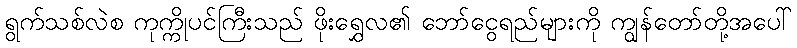
ရွက်သစ်လဲစ ကုက္ကိုပင်ကြီးသည် ဖိုးရွှေလ၏ ဘော်ငွေရည်များကို ကျွန်တော်တို့အပေါ်